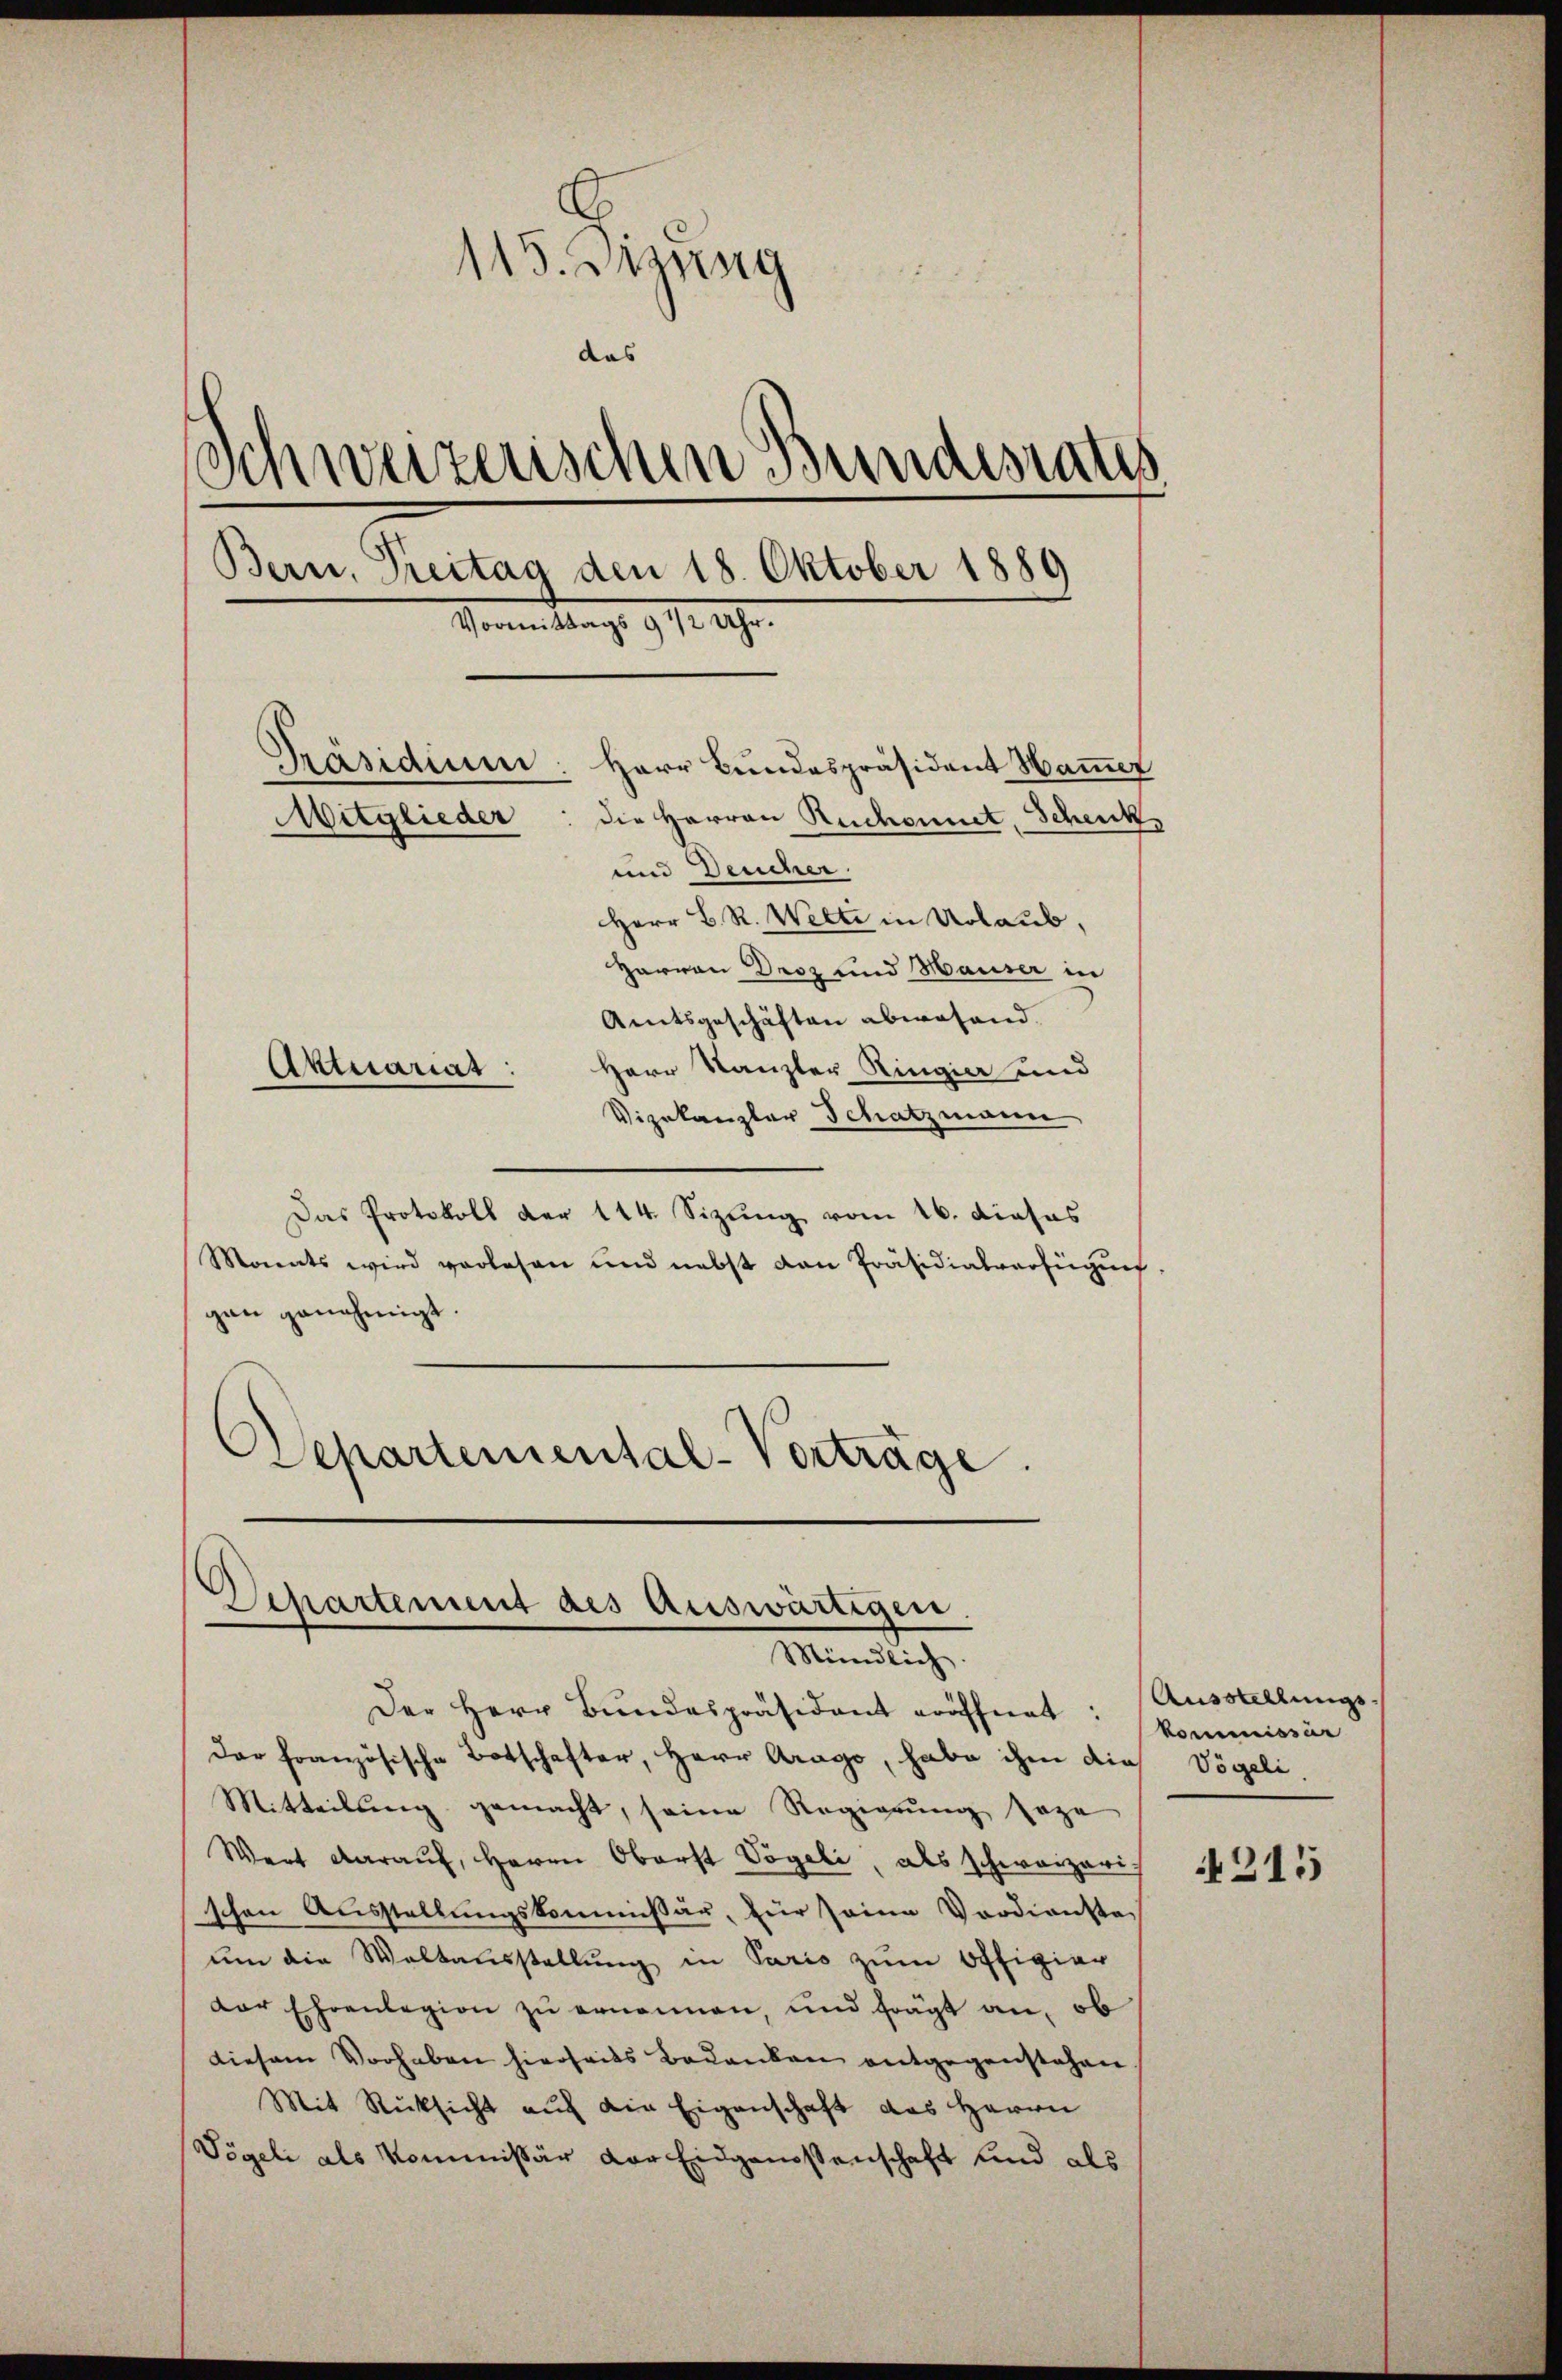
115. Disung
das
Schweizerischen Bundesrates
Bern, Treitag den 18. Oktober 1889
Herrn Aug. 1917 1890.
Präsidium: Herr Bundespräsident Hammer
die Herren Ruchonnet, Schenk¬
Mitglieder
und Deucher.
Herr B. R. Welti in Urlaub,
Herren Droz und Hauser in
Amtsgeschäften abwesend.
Herr Kanzler Ringia und
Aktuariat:

Vizekanzler Schatzmann
Das Protokoll der 144. Sizung vom 16. dieses
Manats wird verlesen und nebst dan Präsidialverfügung.
gen genehmigt.
Departemental-Verträge.

Departement des Auswärtigen.
Mündlich.
Der Herr Bundespräsident eröffnet:

dar französische Botschafter, Herr Arago, habe ihm dies Vögeli.
Mitteilung gemacht, seine Regierung sage
Wert daraŭf, Herrn Oberst Vögeli, als schweizerischen Ausstellungskommissär, für seine Verdienste
um die Waltausstellung in Paris zum Offigier
der Ehrenlegion zu ernennen, und frägt an, ob
diesem Vorhaben hierheits bedanken entgegenstehen.
Mit Rücksicht auf die Eigenschaft das Herrn
Vögeli als Kommissär der Eidgenossenschaft und als

Ausstellungs-
kommissar

215